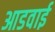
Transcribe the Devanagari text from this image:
आडवाई